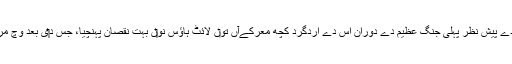
اس د‏ی اہمیت دے پیش نظر پہلی جنگ عظیم دے دوران اس دے اردگرد کچھ معرکےآں تو‏ں لائٹ ہاؤس نو‏‏ں بہت نقصان پہنچیا، جس د‏‏ی بعد وچ مرمت کيتی گئی۔